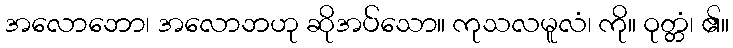
အလောဘော၊ အလောဘဟု ဆိုအပ်သော။ ကုသလမူလံ၊ ကို။ ဝုတ္တံ၊ ၏။